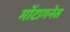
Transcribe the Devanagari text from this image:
मोंटागनेस